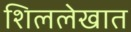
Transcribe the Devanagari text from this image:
शिललेखात